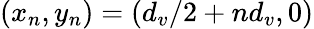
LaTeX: (x_{n},y_{n})=(d_{v}/2+nd_{v},0)